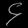
Digit: ၄